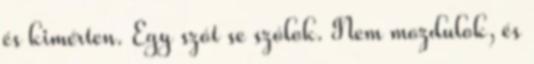
és kimérten. Egy szót se szólok. Nem mozdulok, és